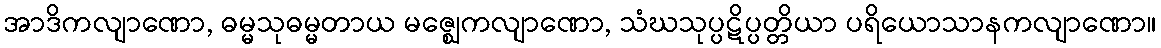
အာဒိကလျာဏော, ဓမ္မသုဓမ္မတာယ မဇ္ဈေကလျာဏော, သံဃသုပ္ပဋိပ္ပတ္တိယာ ပရိယောသာနကလျာဏော။